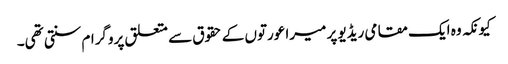
کیونکہ وہ ایک مقامی ریڈیو پر میرا عورتوں کے حقوق سے متعلق پروگرام سنتی تھی۔